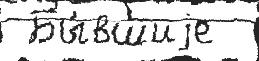
 Бы́вшиjе